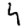
Digit: 4